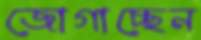
জোগাচ্ছেন